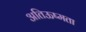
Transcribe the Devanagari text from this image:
अतिऊष्मता